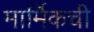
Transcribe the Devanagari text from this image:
मार्मिकची